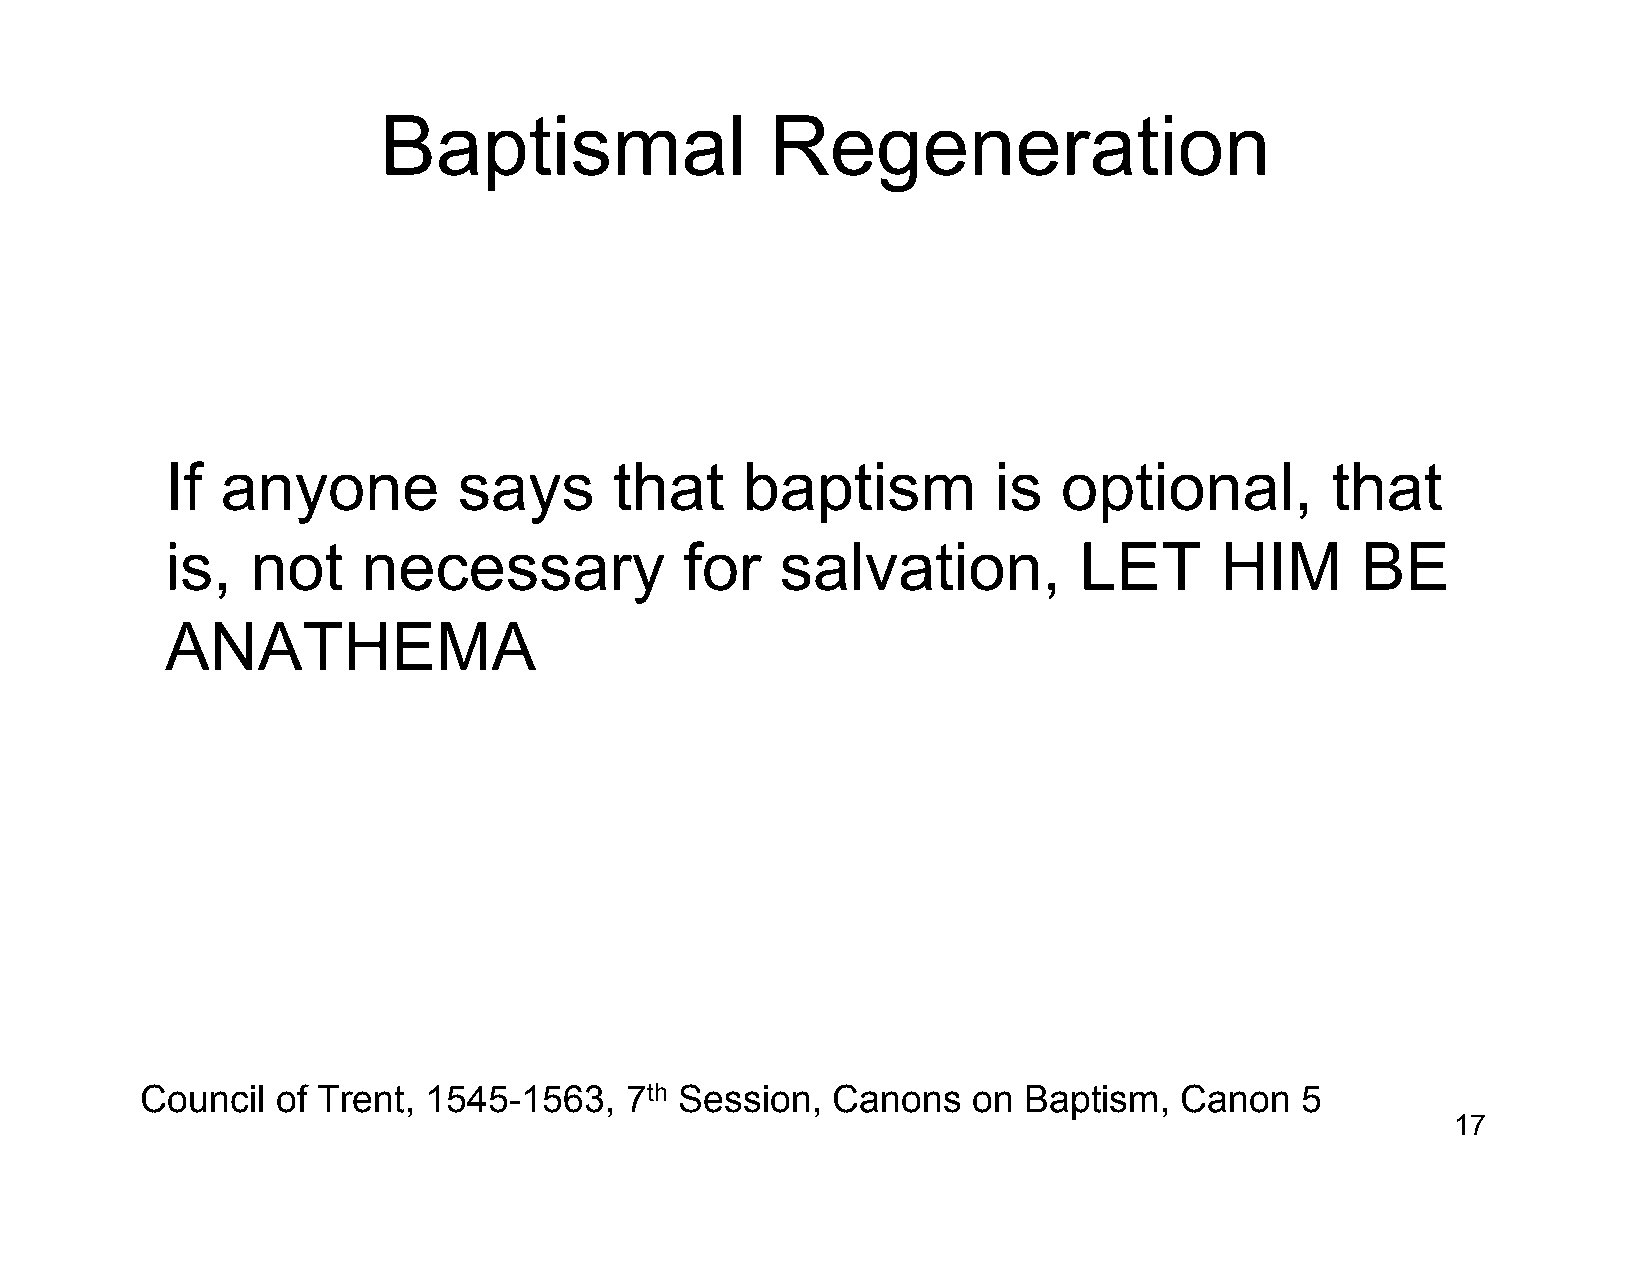
Baptismal                 Regeneration
 If  anyone         says       that    baptism          is  optional,         that
 is,   not    necessary            for    salvation,         LET       HIM      BE
 ANATHEMA
 Council  of Trent, 1545-1563,   7th Session,  Canons   on  Baptism,  Canon   5
 17